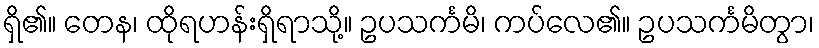
ရှိ၏။ တေန၊ ထိုရဟန်းရှိရာသို့။ ဥပသင်္ကမိ၊ ကပ်လေ၏။ ဥပသင်္ကမိတွာ၊